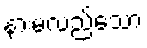
နားမလည်သော